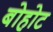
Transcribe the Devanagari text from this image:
बोहोट